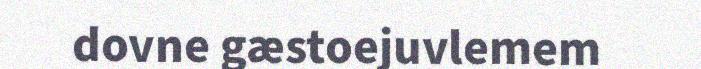
dovne gæstoejuvlemem